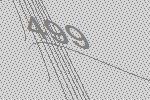
499